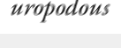
uropodous